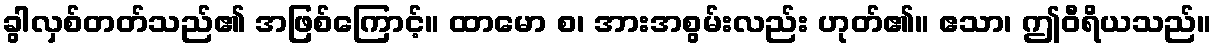
ခွါလှစ်တတ်သည်၏ အဖြစ်ကြောင့်။ ထာမော စ၊ အားအစွမ်းလည်း ဟုတ်၏။ ဧသာ၊ ဤဝီရိယသည်။